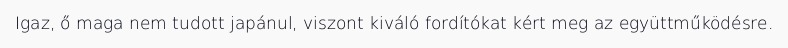
Igaz, ő maga nem tudott japánul, viszont kiváló fordítókat kért meg az együttműködésre.